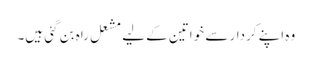
وہ اپنے کردار سے خواتین کے لیے مشعل راہ بن گئی ہیں۔